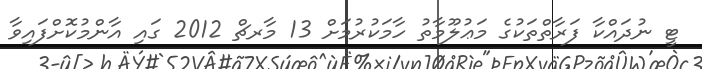
ޓީ ނުދައްކާ ފަރާތްތަކުގެ މަޢުލޫމާތު ހާމަކުރުމަށް 13 މާރޗް 2012 ގައި އާންމުކޮށްފައިވާ